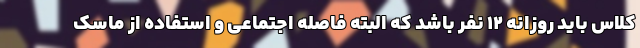
کلاس باید روزانه ۱۲ نفر باشد که البته فاصله اجتماعی و استفاده از ماسک